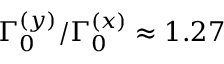
\Gamma _ { 0 } ^ { ( y ) } / \Gamma _ { 0 } ^ { ( x ) } \approx 1 . 2 7